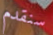
سنقدم